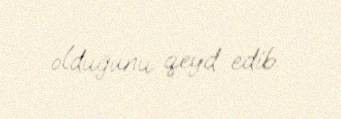
olduğunu qeyd edib.